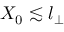
X _ { 0 } \lesssim l _ { \perp }